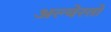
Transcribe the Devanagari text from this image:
अल्बेरतो